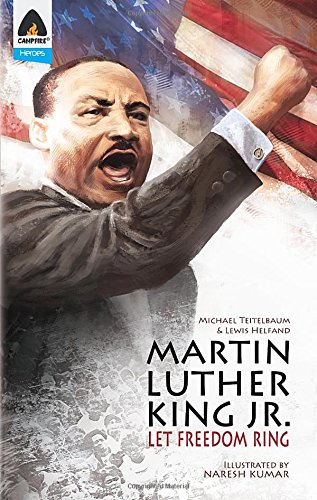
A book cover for Martin Luther King Jr.: Let Freedom Ring: Campfire Biography-Heroes Line (Campfire Graphic Novels); Michael Teitelbaum; Children's Books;